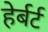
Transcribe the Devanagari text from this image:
हेर्बर्ट